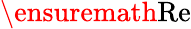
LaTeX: \ensuremath\mathrm{{Re}}